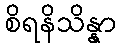
စိရနိသိန္နာ